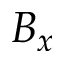
B _ { x }